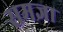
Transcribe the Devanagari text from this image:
समज्ञा